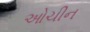
ઓચીન